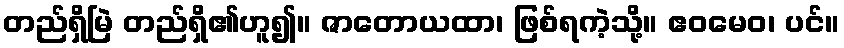
တည်ရှိမြဲ တည်ရှိ၏ဟူ၍။ ဇာတောယထာ၊ ဖြစ်ရကဲ့သို့။ ဧဝမေဝ၊ ပင်။